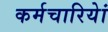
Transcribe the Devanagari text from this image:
कर्मचारियेां